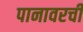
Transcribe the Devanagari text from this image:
पानावरची